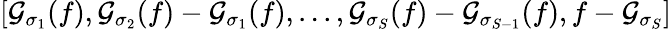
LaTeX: [\mathcal{G}_{\sigma_{1}}(f),\mathcal{G}_{\sigma_{2}}(f)-\mathcal{G}_{\sigma_{1}}(f),...,\mathcal{G}_{\sigma_{S}}(f)-\mathcal{G}_{\sigma_{S-1}}(f),f-\mathcal{G}_{\sigma_{S}}]